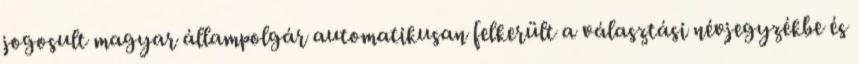
jogosult magyar állampolgár automatikusan felkerült a választási névjegyzékbe és